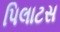
પિલાટસ